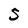
Character: 3